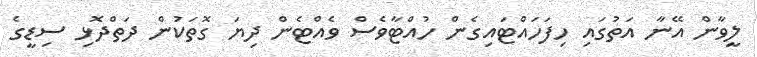
ލީވާން އޭނާ އަތުގައި ހިފަހައްޓައިގެން ހުއްޓާވެސް ވެއްޓެން ދިޔަ ގޮތަކުން ދަތްދޮޅި ސިޑީގެ